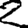
Digit: 2